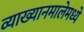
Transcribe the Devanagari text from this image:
व्याख्यानमालेमध्ये